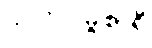
သလိလမ္ဗုစာရီ